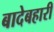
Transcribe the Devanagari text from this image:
बादेबहारी